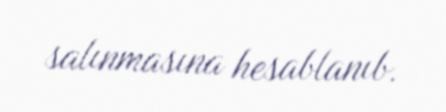
salınmasına hesablanıb.